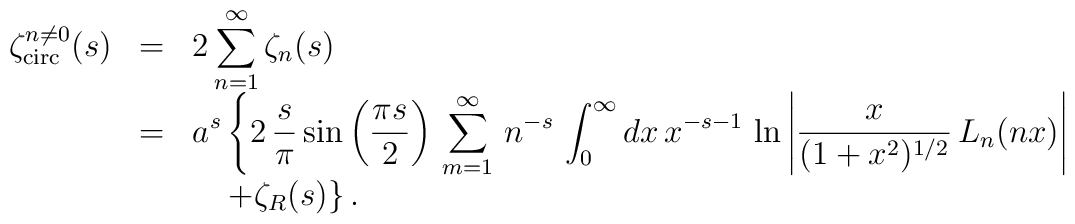
\begin{array}{rcl}\displaystyle\zeta_{\mbox{\scriptsize circ}}^{{\scriptsize n\neq 0}}(s) & =& \displaystyle 2 \sum_{n=1}^{\infty} \zeta_n(s) \\& = & \displaystyle a^s \left\{ 2 \, {\frac{s }{\pi}} \sin\left(\frac{ \pi s}{2 }\right) \, \sum_{m=1}^{\infty} \, n^{-s} \, \int_0^{\infty} dx \,x^{-s-1} \, \ln\left\vert {\frac{x }{(1+x^2)^{1/2} }} \, L_n(nx) \right\vert\right. \\&  & \displaystyle \hspace{1em}\left. +\zeta_R(s) \right\} .\end{array}